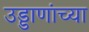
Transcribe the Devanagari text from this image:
उड्डाणांच्या